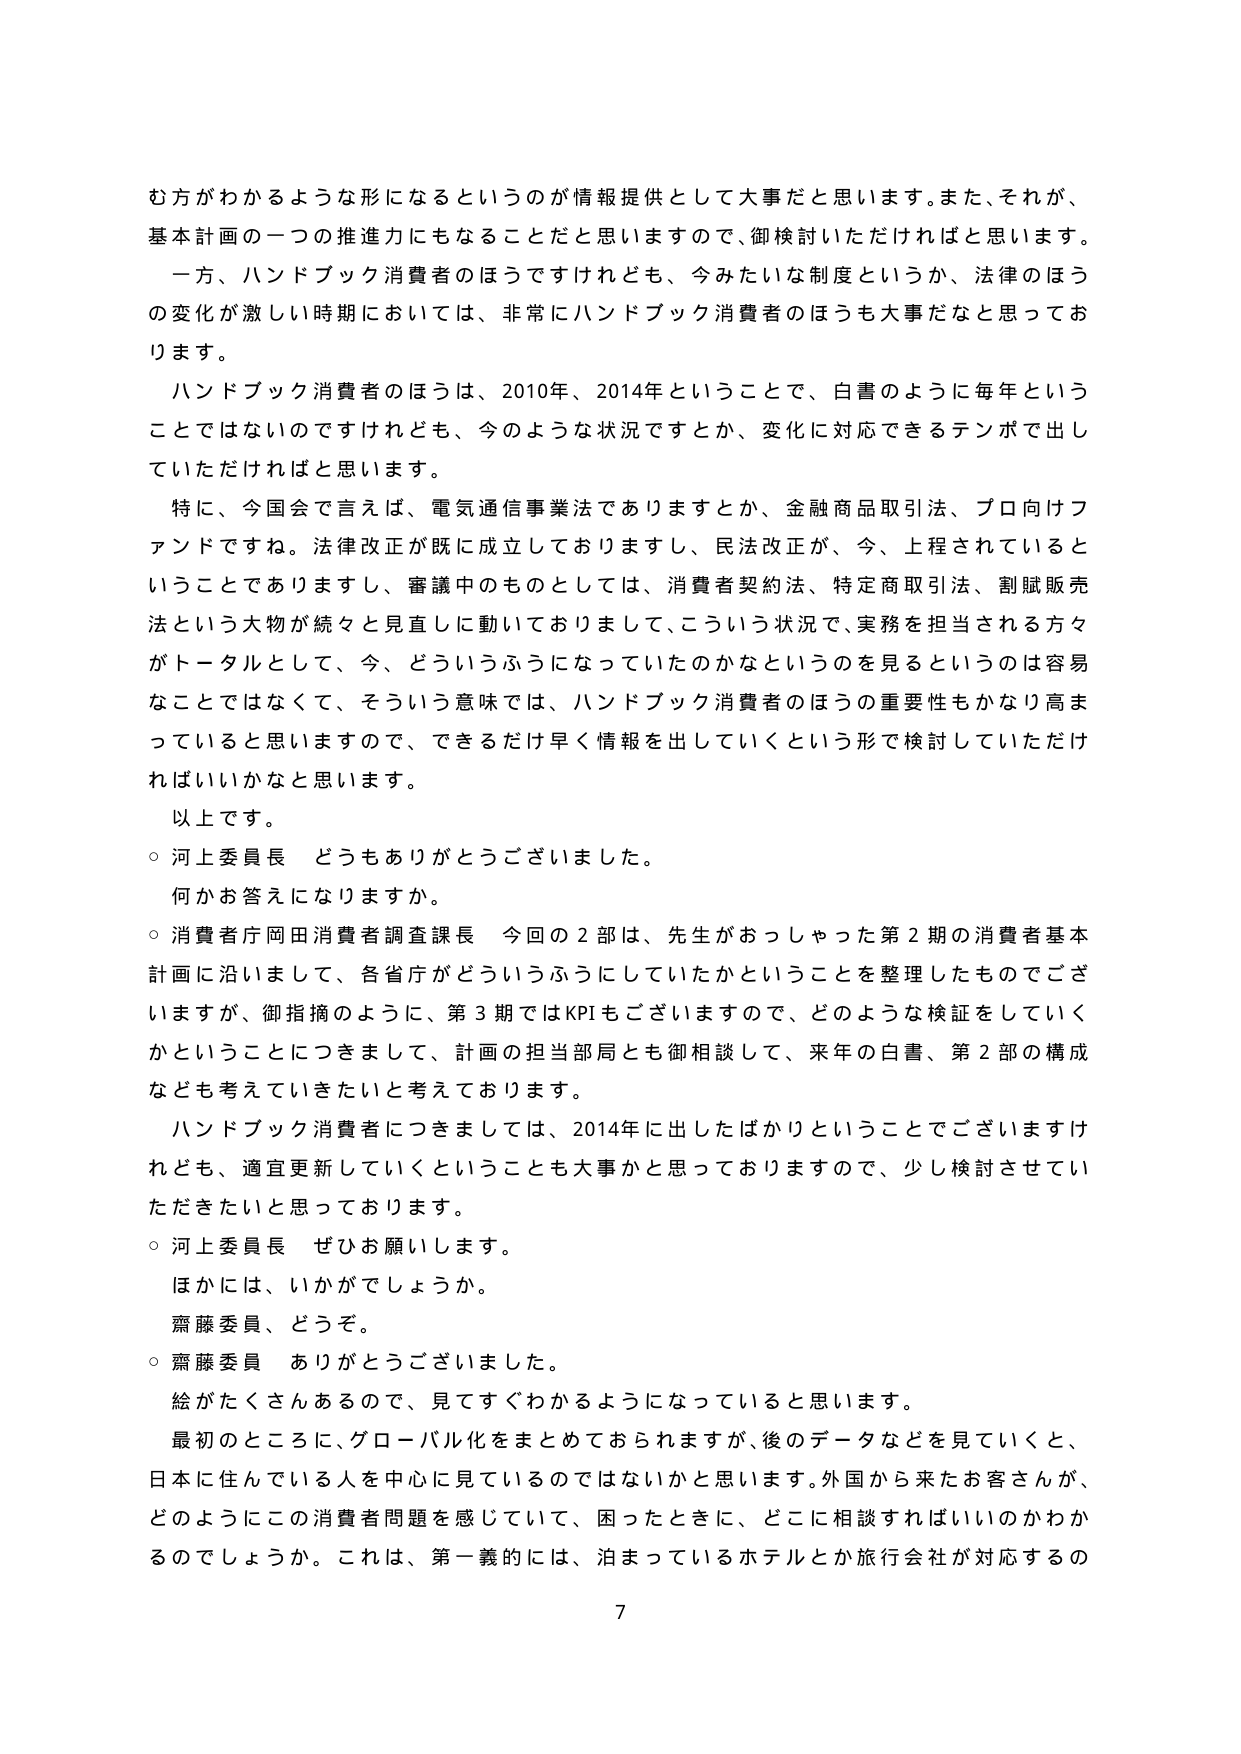
む方がわかるような形になるというのが情報提供として大事だと思います。また、それが、基本計画の一つの推進力にもなることだと思いますので、御検討いただければと思います。

一方、ハンドブック消費者のほうですけれども、今みたいな制度というか、法律のほうの変化が激しい時期においては、非常にハンドブック消費者のほうも大事だなと思っております。

ハンドブック消費者のほうは、2010年、2014年ということで、白書のように毎年ということではないのですけれども、今のような状況ですとか、変化に対応できるテンポで出していただければと思います。

特に、今国会で言えば、電気通信事業法でありますとか、金融商品取引法、プロ向けファンドですね。法律改正が既に成立しておりますし、民法改正が、今、上程されているということでありますし、審議中のものとしては、消費者契約法、特定商取引法、割賦販売法という大物が続々と見直しに動いておりまして、こういう状況で、実務を担当される方々がトータルとして、今、どういうふうになっていたのかなというのを見るというのは容易なことではなくて、そういう意味では、ハンドブック消費者のほうの重要性もかなり高まっていると思いますので、できるだけ早く情報を出していくという形で検討していただければいいかなと思います。

以上です。

○ 河上委員長 どうもありがとうございました。

何かお答えになりますか。

○ 消費者庁岡田消費者調査課長 今回の２部は、先生がおっしゃった第２期の消費者基本計画に沿いまして、各省庁がどういうふうにしていたかということを整理したものでございますが、御指摘のように、第３期ではKPIもございますので、どのような検証をしていくかということにつきまして、計画の担当部局とも御相談して、来年の白書、第２部の構成なども考えて行きたいと考えております。

ハンドブック消費者につきましては、2014年に出したばかりということでございますけれども、適宜更新していくということも大事かと思っておりますので、少し検討させていただきたいと思っております。

○ 河上委員長 ぜひお願いします。

ほかには、いかがでしょうか。

齋藤委員、どうぞ。

○ 齋藤委員 ありがとうございました。

絵がたくさんあるので、見てすぐわかるようになっていると思います。

最初のところに、グローバル化をまとめておられますが、後のデータなどを見ていくと、日本に住んでいる人を中心に見ているのではないかと思います。外国から来たお客さんが、どのようにこの消費者問題を感じていて、困ったときに、どこに相談すればいいのかわかるのでしょうか。これは、第一義的には、泊まっているホテルとか旅行会社が対応するの

7